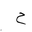
Letter: _ha